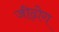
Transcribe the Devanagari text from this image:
जीढ़ोग